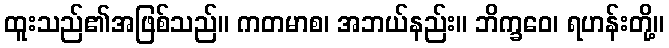
ထူးသည်၏အဖြစ်သည်။ ကတမာစ၊ အဘယ်နည်း။ ဘိက္ခဝေ၊ ရဟန်းတို့။